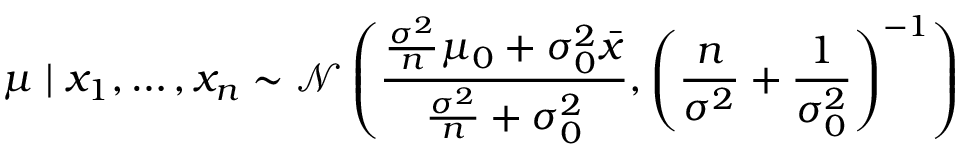
\mu \mid x _ { 1 } , \ldots , x _ { n } \sim { \mathcal { N } } \left( { \frac { { \frac { \sigma ^ { 2 } } { n } } \mu _ { 0 } + \sigma _ { 0 } ^ { 2 } { \bar { x } } } { { \frac { \sigma ^ { 2 } } { n } } + \sigma _ { 0 } ^ { 2 } } } , \left( { \frac { n } { \sigma ^ { 2 } } } + { \frac { 1 } { \sigma _ { 0 } ^ { 2 } } } \right) ^ { - 1 } \right)